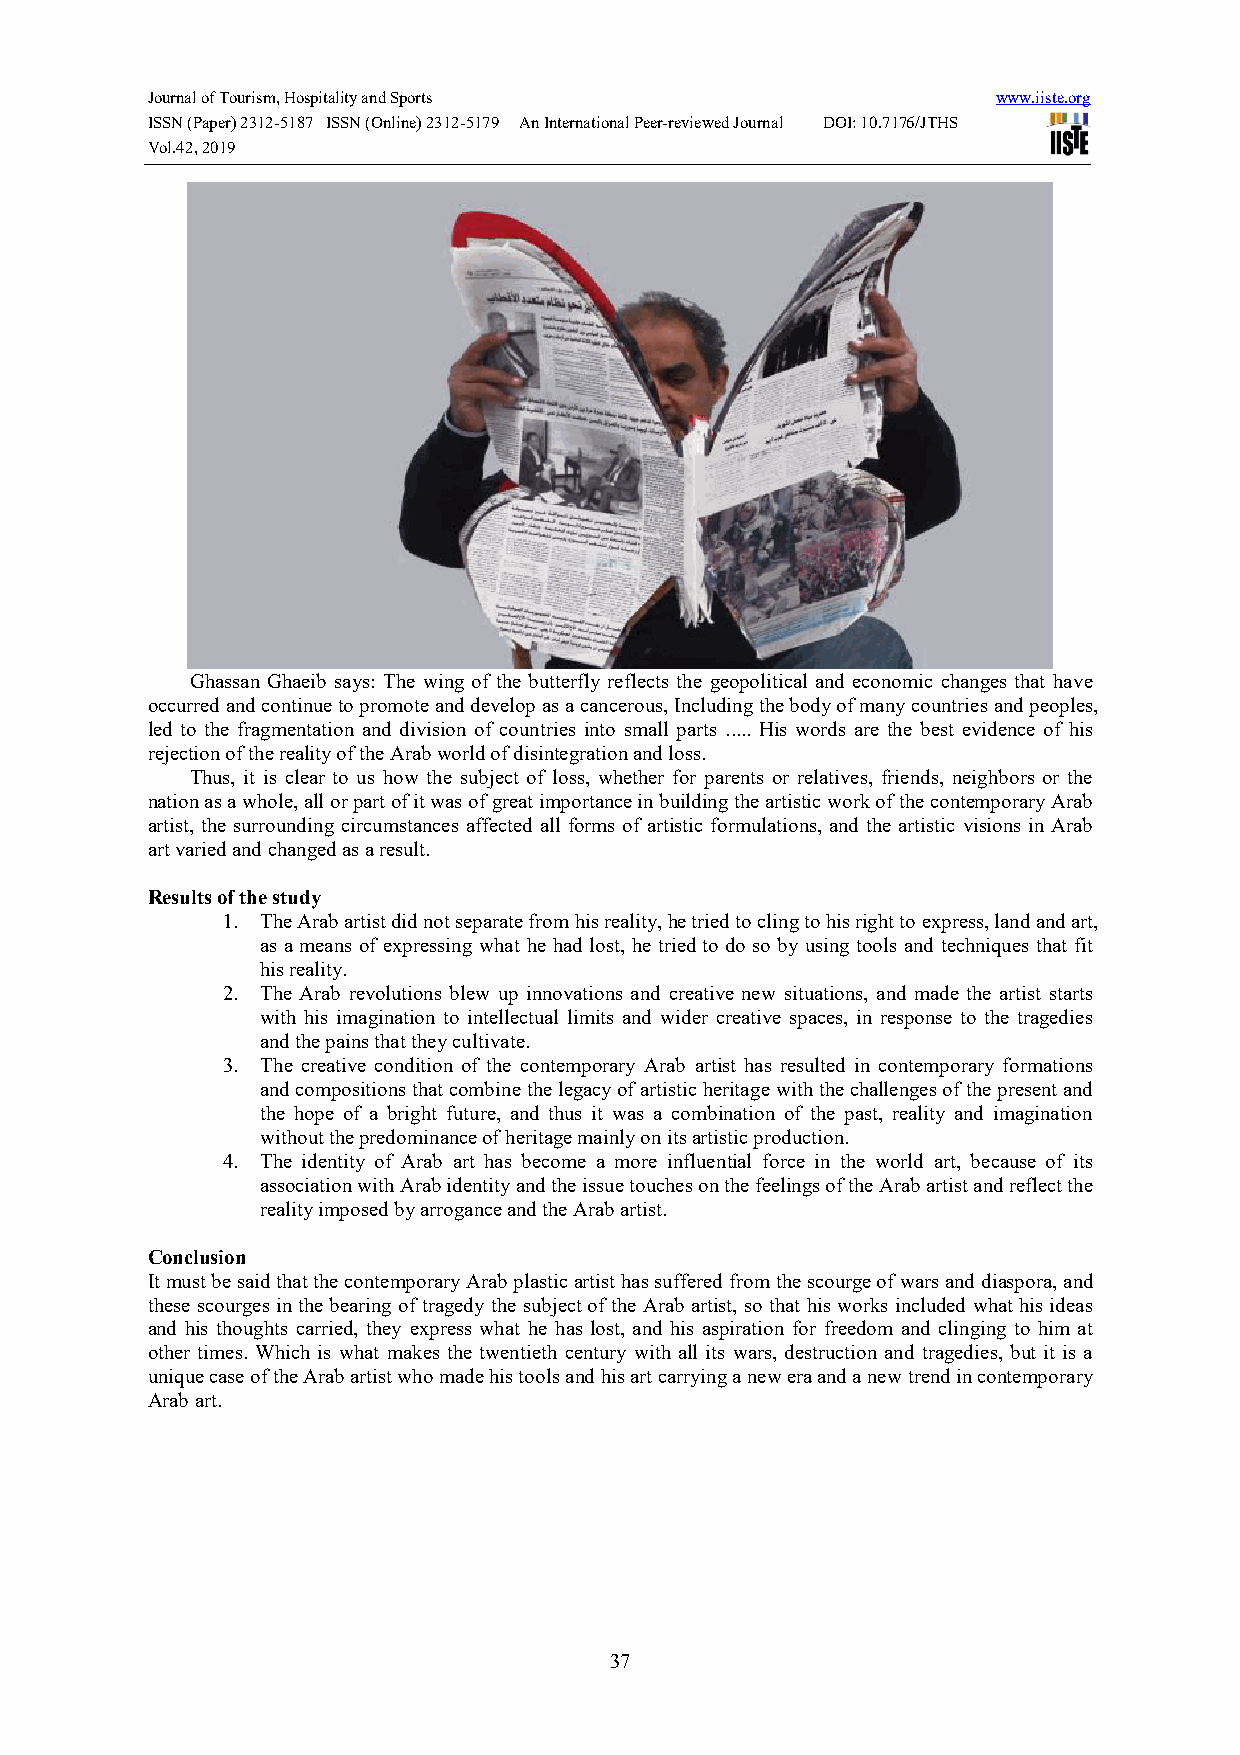
Journal of Tourism, Hospitality and Sports              www.iiste.org
 ISSN (Paper) 2312-5187 ISSN (Online) 2312-5179 An International Peer-reviewed Journal DOI: 10.7176/JTHS
 Vol.42, 2019
 Ghassan Ghaeib says: The wing of the butterfly reflects the geopolitical and economic changes that have
 occurred and continue to promote and develop as a cancerous, Including the body of many countries and peoples,
 led to the fragmentation and division of countries into small parts ..... His words are the best evidence of his
 rejection of the reality of the Arab world of disintegration and loss.
 Thus, it is clear to us how the subject of loss, whether for parents or relatives, friends, neighbors or the
 nation as a whole, all or part of it was of great importance in building the artistic work of the contemporary Arab
 artist, the surrounding circumstances affected all forms of artistic formulations, and the artistic visions in Arab
 art varied and changed as a result.
 Results of the study
 1. The Arab artist did not separate from his reality, he tried to cling to his right to express, land and art,
 as a means of expressing what he had lost, he tried to do so by using tools and techniques that fit
 his reality.
 2. The Arab revolutions blew up innovations and creative new situations, and made the artist starts
 with his imagination to intellectual limits and wider creative spaces, in response to the tragedies
 and the pains that they cultivate.
 3. The creative condition of the contemporary Arab artist has resulted in contemporary formations
 and compositions that combine the legacy of artistic heritage with the challenges of the present and
 the hope of a bright future, and thus it was a combination of the past, reality and imagination
 without the predominance of heritage mainly on its artistic production.
 4. The identity of Arab art has become a more influential force in the world art, because of its
 association with Arab identity and the issue touches on the feelings of the Arab artist and reflect the
 reality imposed by arrogance and the Arab artist.
 Conclusion
 It must be said that the contemporary Arab plastic artist has suffered from the scourge of wars and diaspora, and
 these scourges in the bearing of tragedy the subject of the Arab artist, so that his works included what his ideas
 and his thoughts carried, they express what he has lost, and his aspiration for freedom and clinging to him at
 other times. Which is what makes the twentieth century with all its wars, destruction and tragedies, but it is a
 unique case of the Arab artist who made his tools and his art carrying a new era and a new trend in contemporary
 Arab art.
 37